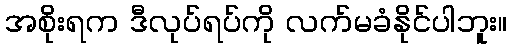
အစိုးရက ဒီလုပ်ရပ်ကို လက်မခံနိုင်ပါဘူး။